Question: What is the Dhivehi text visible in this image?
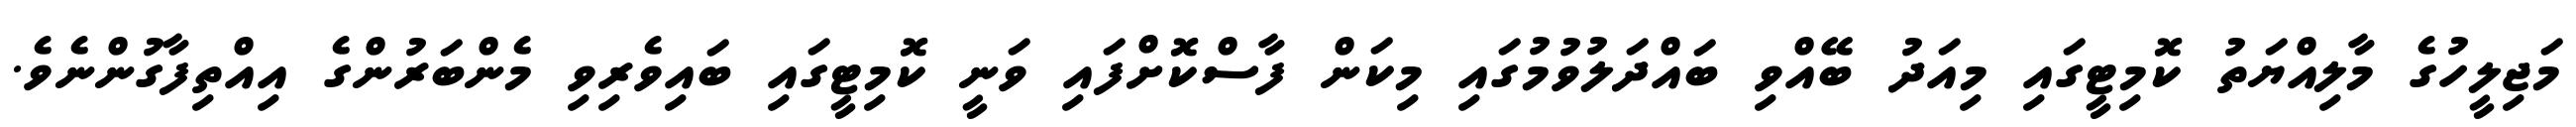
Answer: މަޖިލީހުގެ މާލިއްޔަތު ކޮމިޓީގައި މިއަދު ބޭއްވި ބައްދަލުވުމުގައި މިކަން ފާސްކޮށްފައި ވަނީ ކޮމިޓީގައި ބައިވެރިވި މެންބަރުންގެ އިއްތިފާގުންނެވެ.